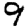
Digit: 9